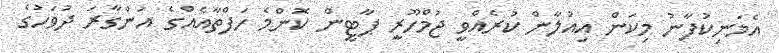
އެމަނިކުފާނު މިކަން އިއުލާން ކުރެއްވީ ޖުމްހޫރީ ޕާޓީން ކޮންމެ ހަފްތާއެއްގެ އަންގާރަ ދުވަހުގެ